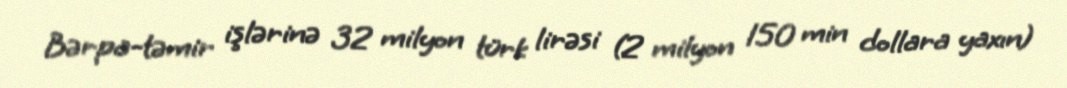
Bərpa-təmir işlərinə 32 milyon türk lirəsi (2 milyon 150 min dollara yaxın)